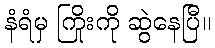
နံရံမှ ကြိုးကို ဆွဲနေပြီ။